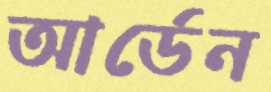
আর্ডেন